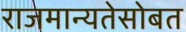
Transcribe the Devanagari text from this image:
राजमान्यतेसोबत